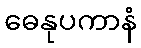
ဓေနုပကာနံ